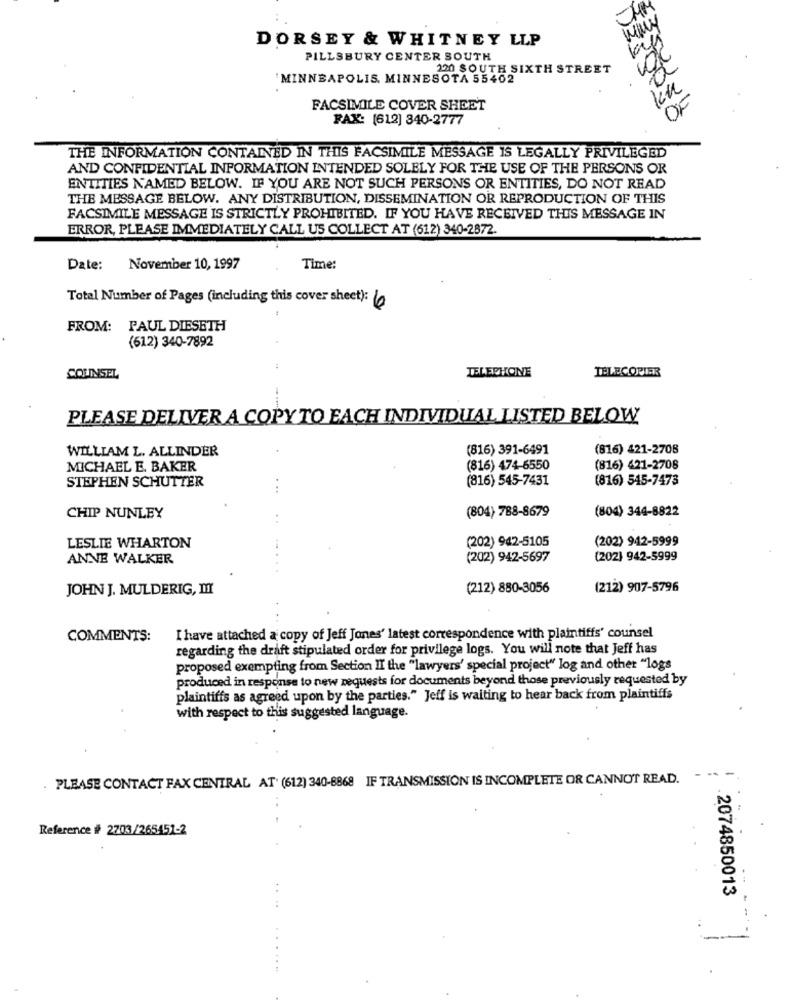
DORSEY & WHITNEY LLP
PILLSBURY CENTER SOUTH
220 SOUTH SIXTH STREET
MINNEAPOLIS, MINNESOTA 55402
Ku
OF
FACSIMILE COVER SHEET
FAX: (612) 340-2777
THE INFORMATION CONTAINED IN THIS FACSIMILE MESSAGE IS LEGALLY PRIVILEGED
AND CONFIDENTIAL INFORMATION INTENDED SOLELY FOR THE USE OF THE PERSONS OR
ENTITIES NAMED BELOW. IF YOU ARE NOT SUCH PERSONS OR ENTITIES, DO NOT READ
THE MESSAGE BELOW. ANY DISTRIBUTION, DISSEMINATION OR REPRODUCTION OF THIS
FACSIMILE MESSAGE IS STRICTLY PROHIBITED. IF YOU HAVE RECEIVED THIS MESSAGE IN
ERROR, PLEASE IMMEDIATELY CALL US COLLECT AT (612) 340-2872.
Date:
November 10, 1997
Time:
Total Number of Pages (including this cover sheet): 6
FROM: PAUL DIESETH
(612) 340-7892
TELEPHONE
TELECOPIER
COLINSEL
PLEASE DELIVER A COPY TO EACH INDIVIDUAL LISTED BELOW
WILLIAM L. ALLINDER
(816) 391-6491
(816) 421-2708
MICHAEL E. BAKER
(816) 474-6550
(816) 421-2708
STEPHEN SCHUTTER
(816) 545-7431
(816) 545-7473
(804) 788-8679
(804) 344-8822
CHIP NUNLEY
LESLIE WHARTON
(202) 942-5105
(202) 942-5999
ANNE WALKER
(202) 942-5697
(202) 942-5999
. .
JOHN J. MULDERIG, III
(212) 880-3056
(212) 907-5796
COMMENTS:
I have attached a copy of Jeff Jones' latest correspondence with plaintiffs' counsel
regarding the draft stipulated order for privilege logs. You will note that Jeff has
proposed exempting from Section II the "lawyers' special project" log and other "logs
produced in response to new requests for documents beyond those previously requested by
plaintiffs as agreed upon by the parties." Jeff is waiting to hear back from plaintiffs
with respect to this suggested language.
. PLEASE CONTACT FAX CENTRAL AT' (612) 340-8868 IF TRANSMISSION IS INCOMPLETE OR CANNOT READ.
- -
Reference # 2703/265451-2
.2074850013
-